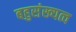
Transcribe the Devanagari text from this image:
बहुसंख्यत्व